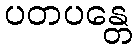
ပတပန္တေ